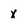
Character: X